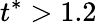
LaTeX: t^{*}>1.2